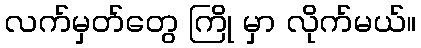
လက်မှတ်တွေ ကြို မှာ လိုက်မယ်။